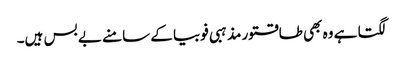
لگتا ہے وہ بھی طاقتور مذہبی فوبیا کے سامنے بے بس ہیں۔